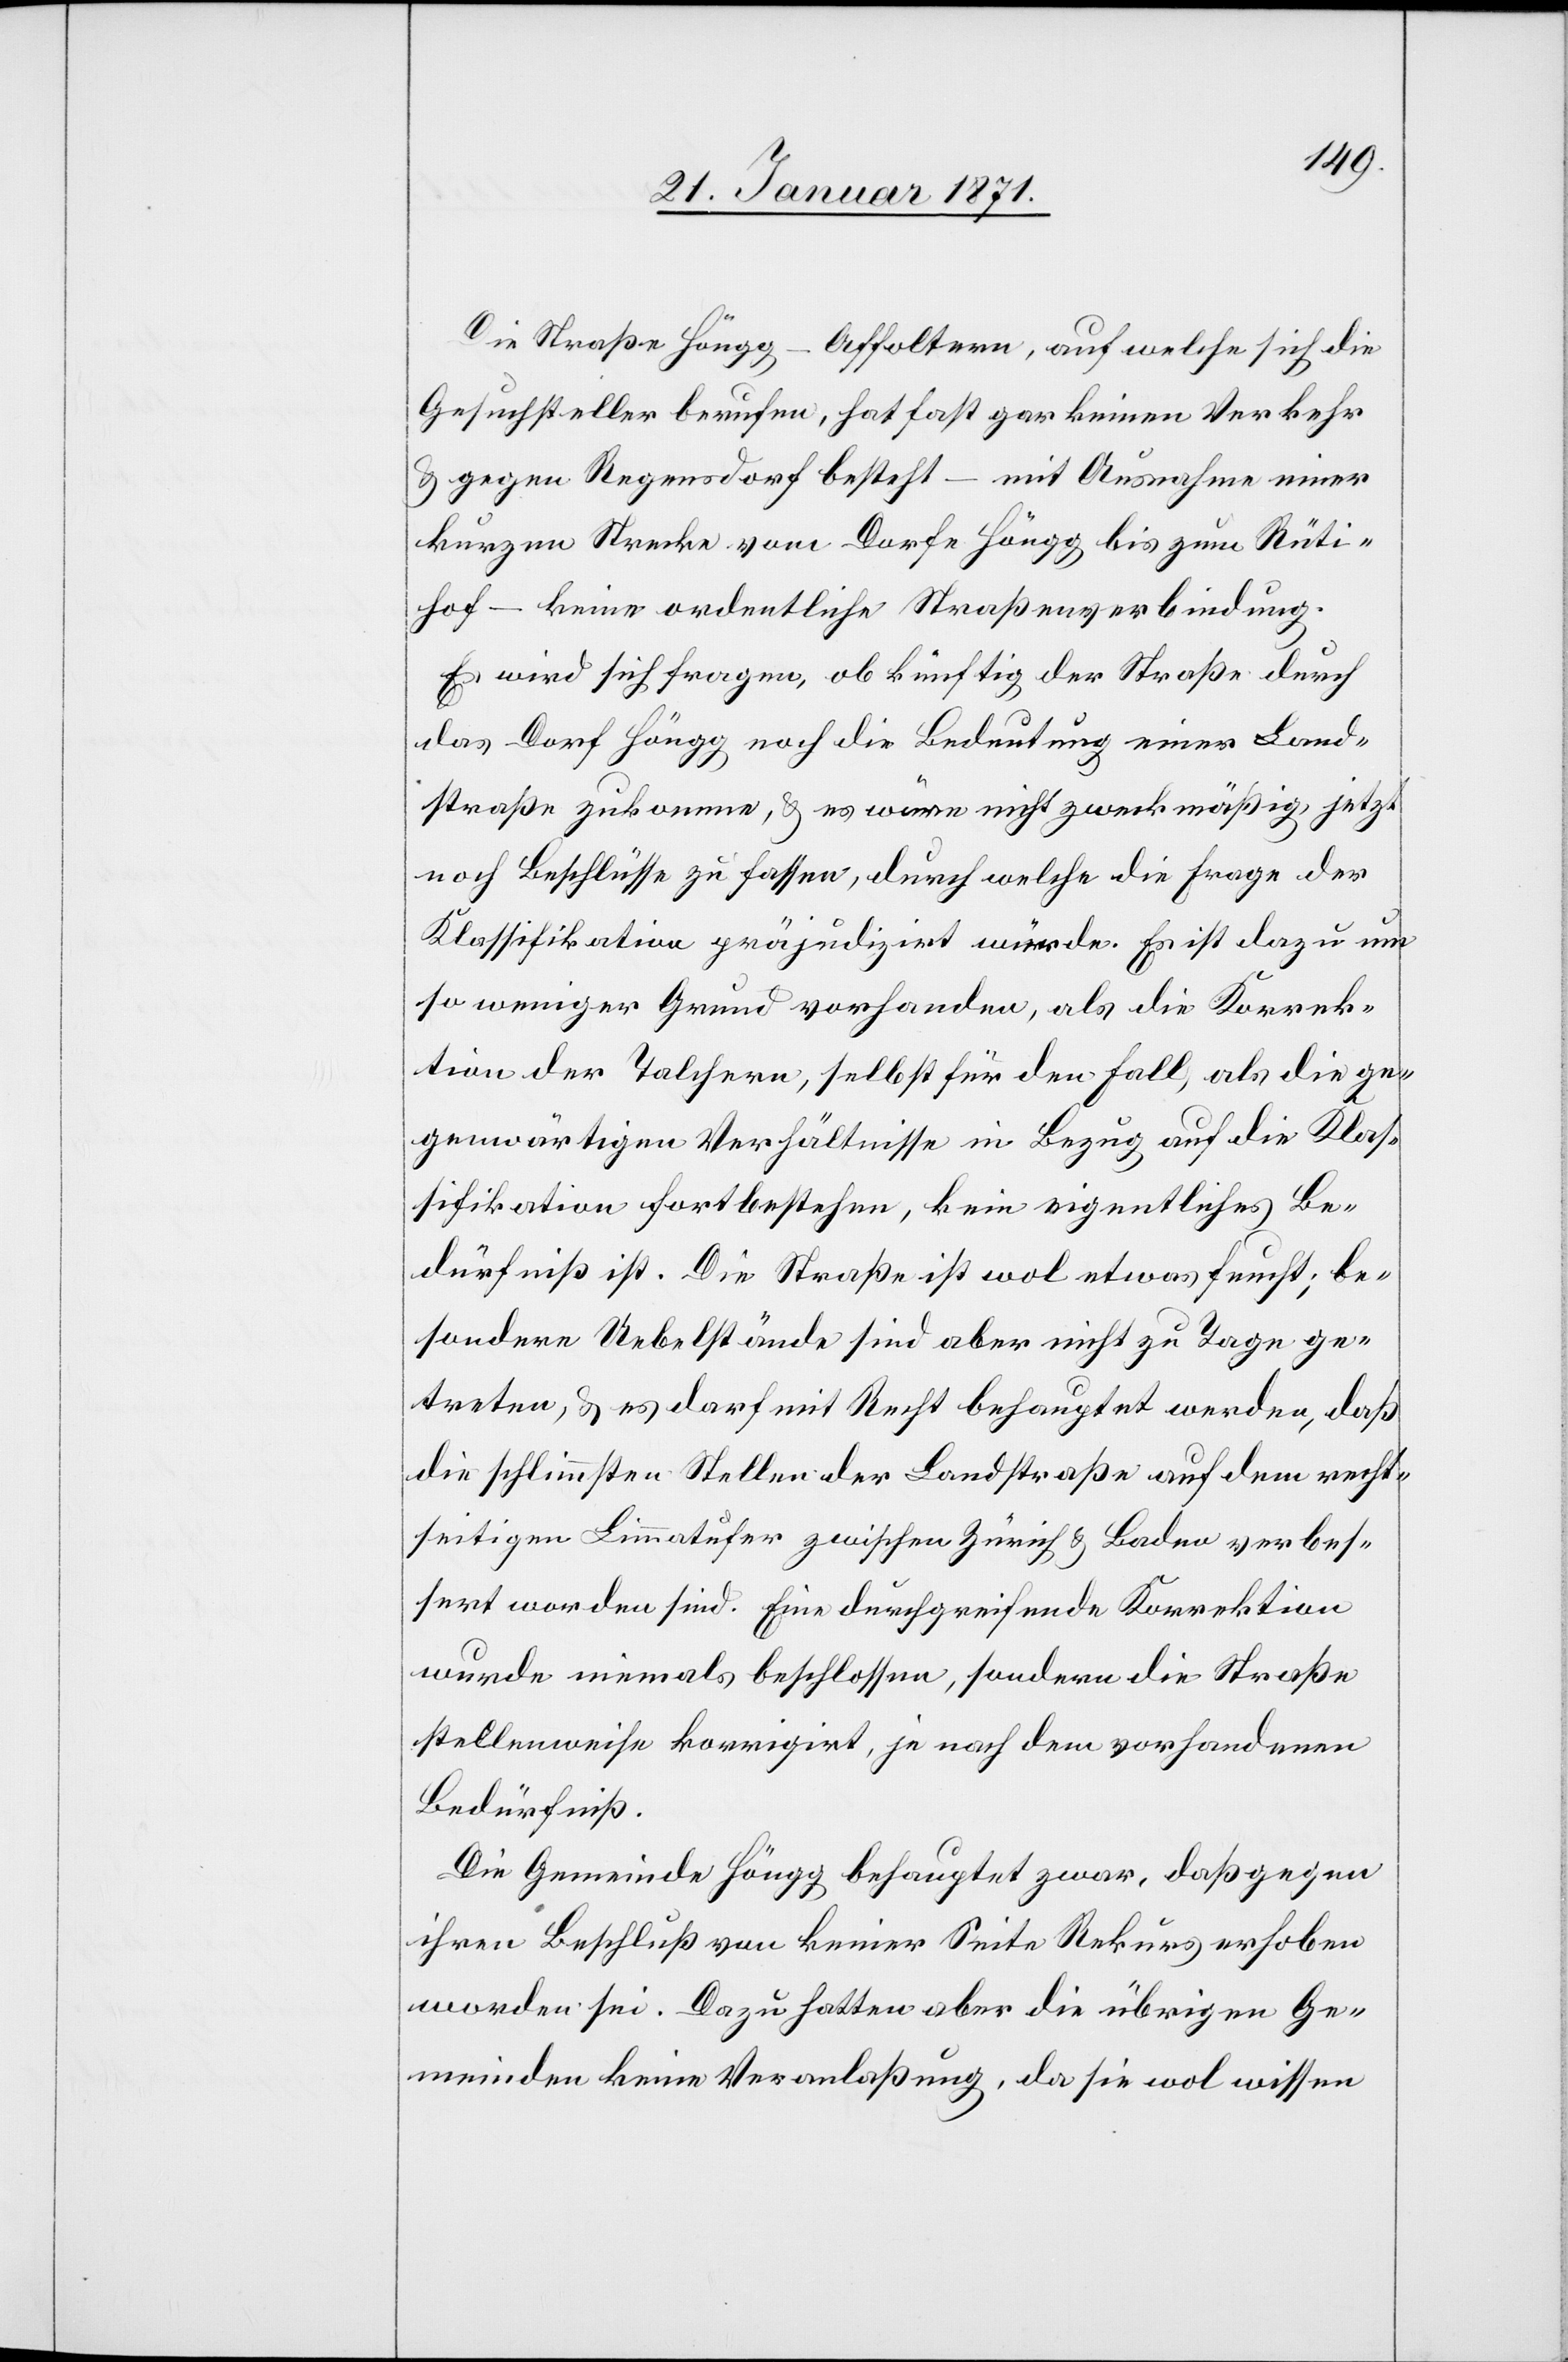
Die Straße Höngg–Affoltern, auf welche sich die
Gesuchsteller berufen, hat fast gar keinen Verkehr
u. gegen Regensdorf besteht – mit Ausnahme einer
kurzen Strecke vom Dorfe Höngg bis zum Rüti¬
hof – keine ordentliche Straßenverbindung.
Es wird sich fragen, ob künftig der Straße durch
das Dorf Höngg, noch die Bedeutung einer Land¬
straße zukomme, u. es wäre nicht zweckmäßig, jetzt
noch Beschlüsse zu fassen, durch welche die Frage der
Klassifikation präjudizirt würde. Es ist dazu um
so weniger Grund vorhanden, als die Korrek¬
tion der Talchern, selbst für den Fall, als die ge¬
genwärtigen Verhältnisse in Bezug auf die Klas¬
sifikation fortbestehen, kein eigentliches Be¬
dürfniß ist. Die Straße ist wol etwas feucht, be¬
sondere Uebelstände sind aber nicht zu Tage ge¬
treten, u. es darf mit Recht behauptet werden, daß
die schlimmsten Stellen der Landstraße auf dem recht¬
seitigen Limmatufer zwischen Zürich u. Baden verbes¬
sert worden sind. Eine durchgreifende Korrektion
wurde niemals beschlossen, sondern die Straße
stellenweise korrigirt, je nach dem vorhandenen
Bedürfniß.
Die Gemeinde Höngg behauptet zwar, daß gegen
ihren Beschluß von keiner Seite Rekurs erhoben
worden sei. Dazu hatten aber die übrigen Ge¬
meinden keine Veranlaßung, da sie wol wissen